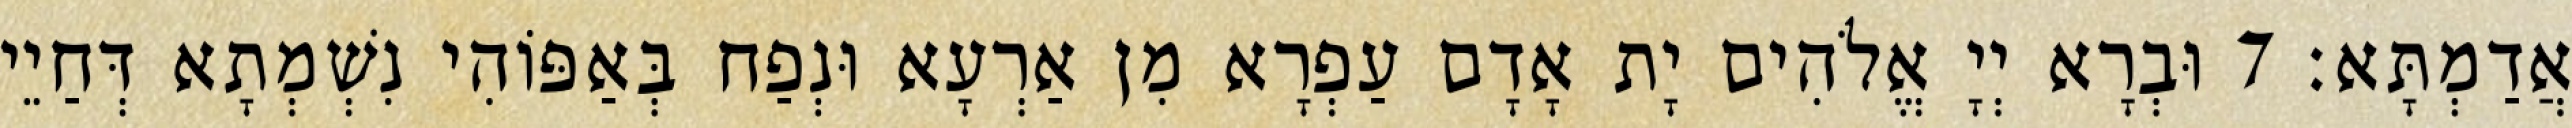
אֲדַמְתָּא׃ 7 וּבְרָא יְיָ אֱלֹהִים יָת אָדָם עַפְרָא מִן אַרְעָא וּנְפַח בְּאַפּוֹהִי נִשְׁמְתָא דְּחַיֵי